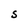
Character: S